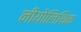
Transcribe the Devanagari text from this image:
नीयोलिथिक